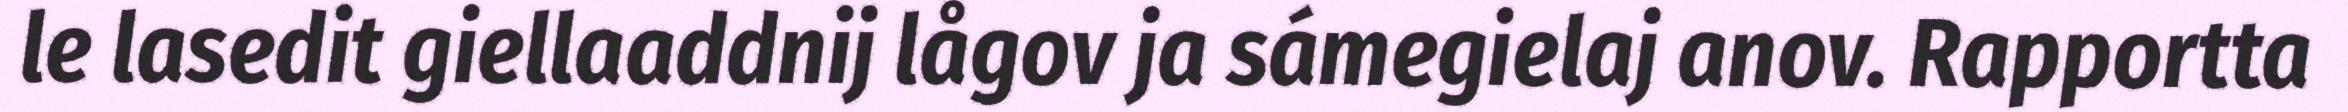
le lasedit giellaaddnij lågov ja sámegielaj anov. Rapportta